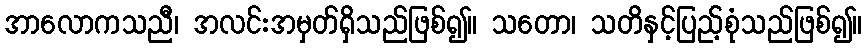
အာလောကသညီ၊ အလင်းအမှတ်ရှိသည်ဖြစ်၍။ သတော၊ သတိနှင့်ပြည့်စုံသည်ဖြစ်၍။